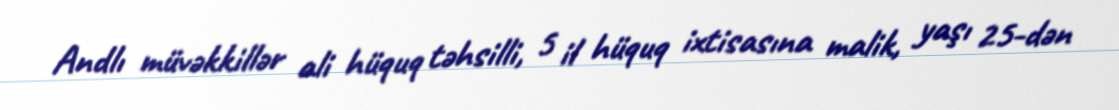
Andlı müvəkkillər ali hüquq təhsilli, 5 il hüquq ixtisasına malik, yaşı 25-dən